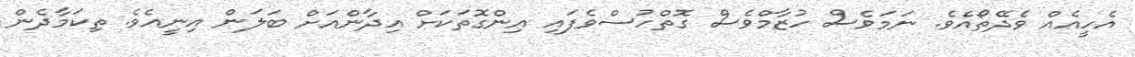
އެހީއެއް ވެދޭތޯއެވެ. ނަމަވެސް ހުޒާމްވެސް ގޮތްހުސްވެފައި އިންގޮތަކަށް އިދާންއަށް ބަލަން އިނީއެވެ. ތިކަމާދެން